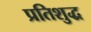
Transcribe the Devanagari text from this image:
प्रतिशुद्ध